Bréfritari: Aðalbjartur Bjarnason (Albert Arnason)
Dagsetning: A-1905-01-24
Skrifað á: Vesturheimi

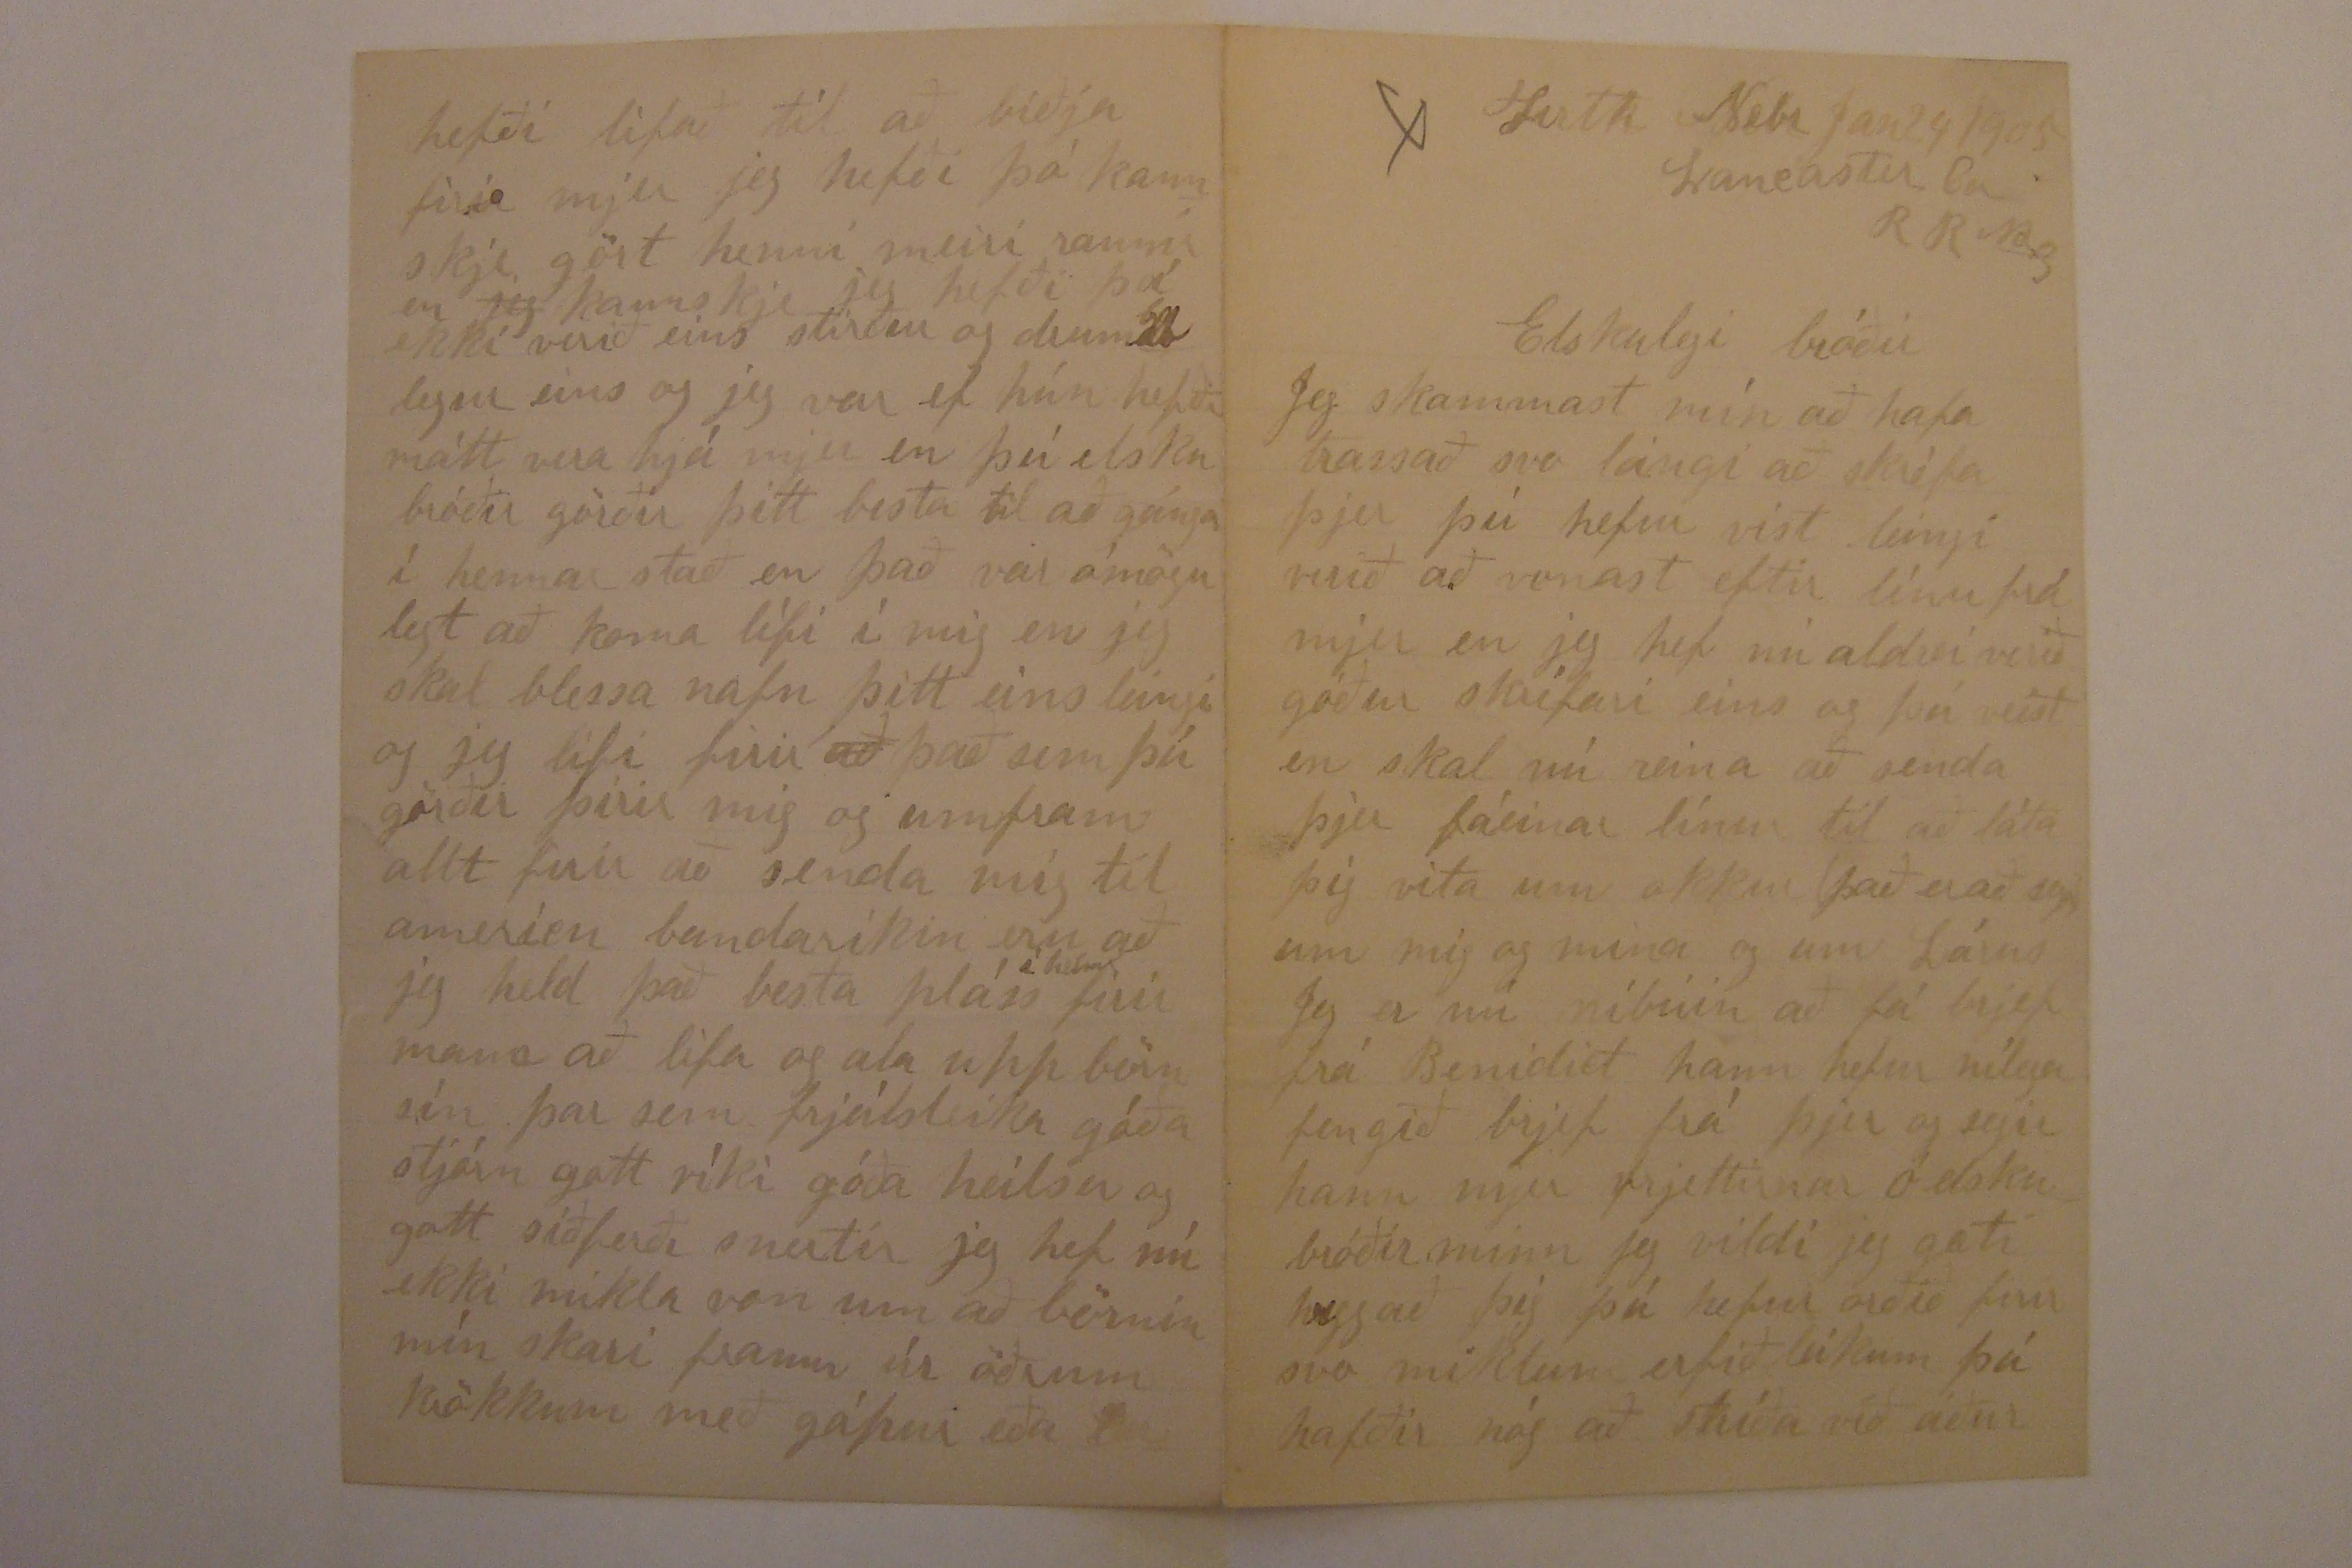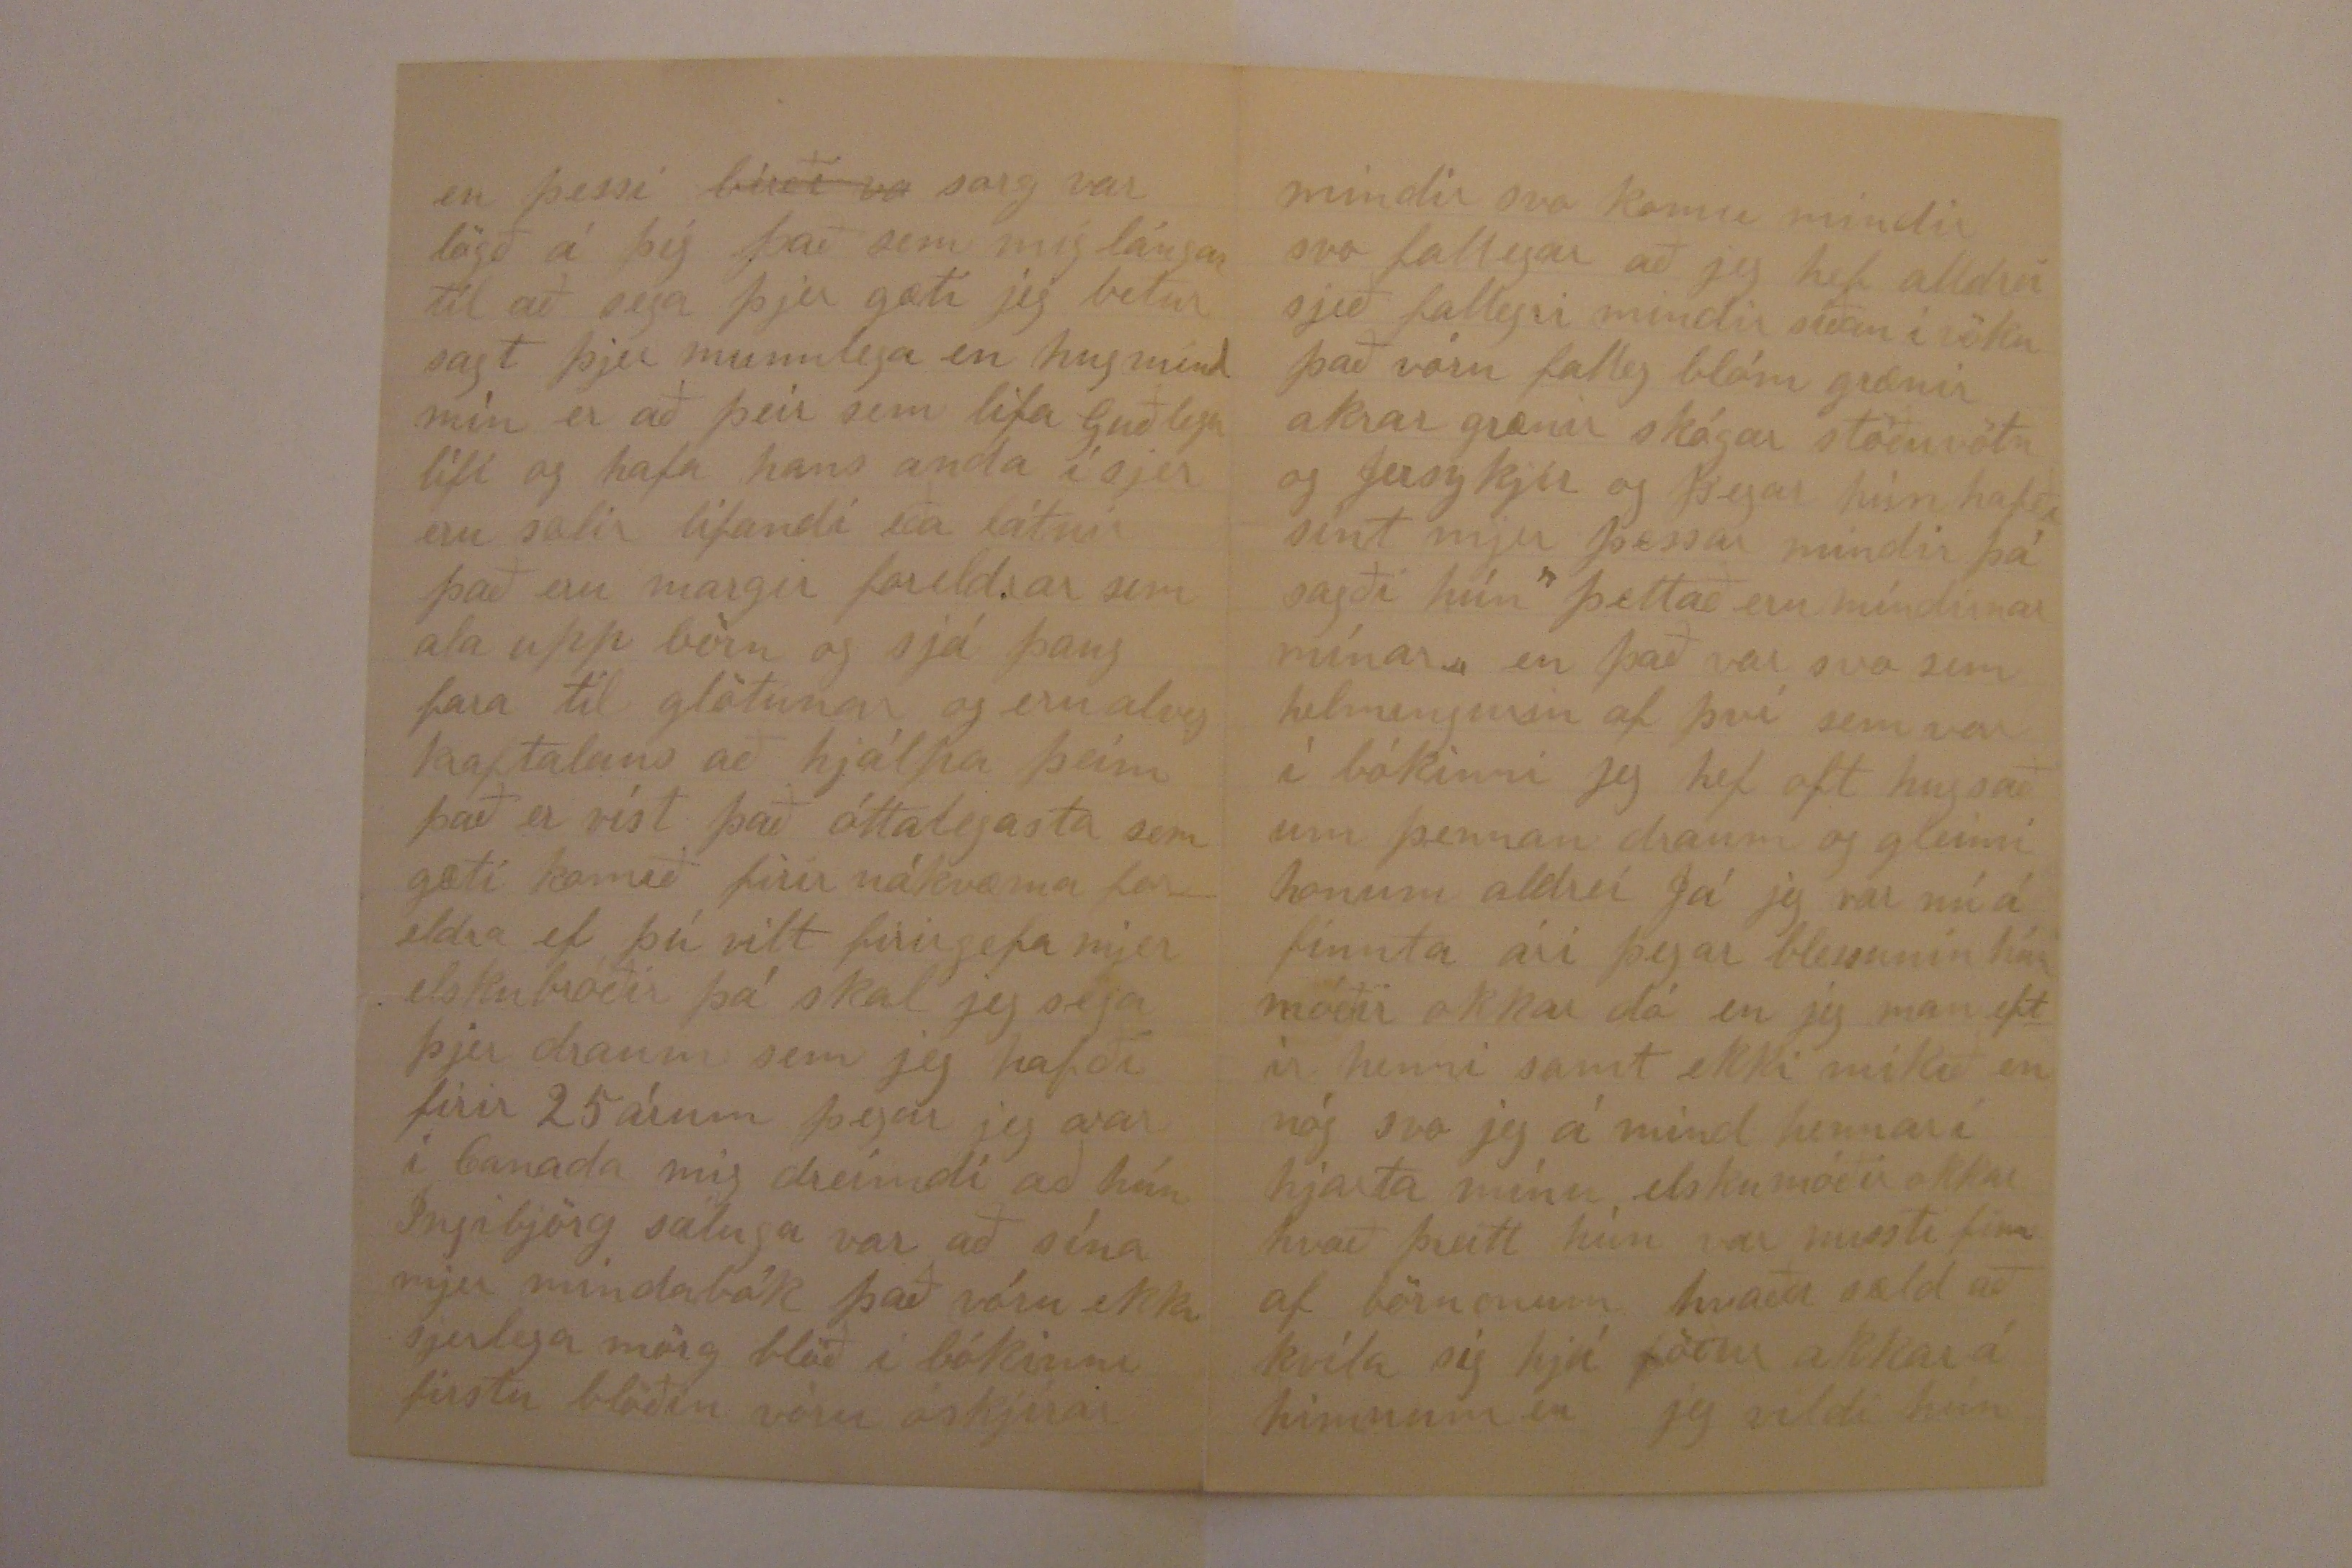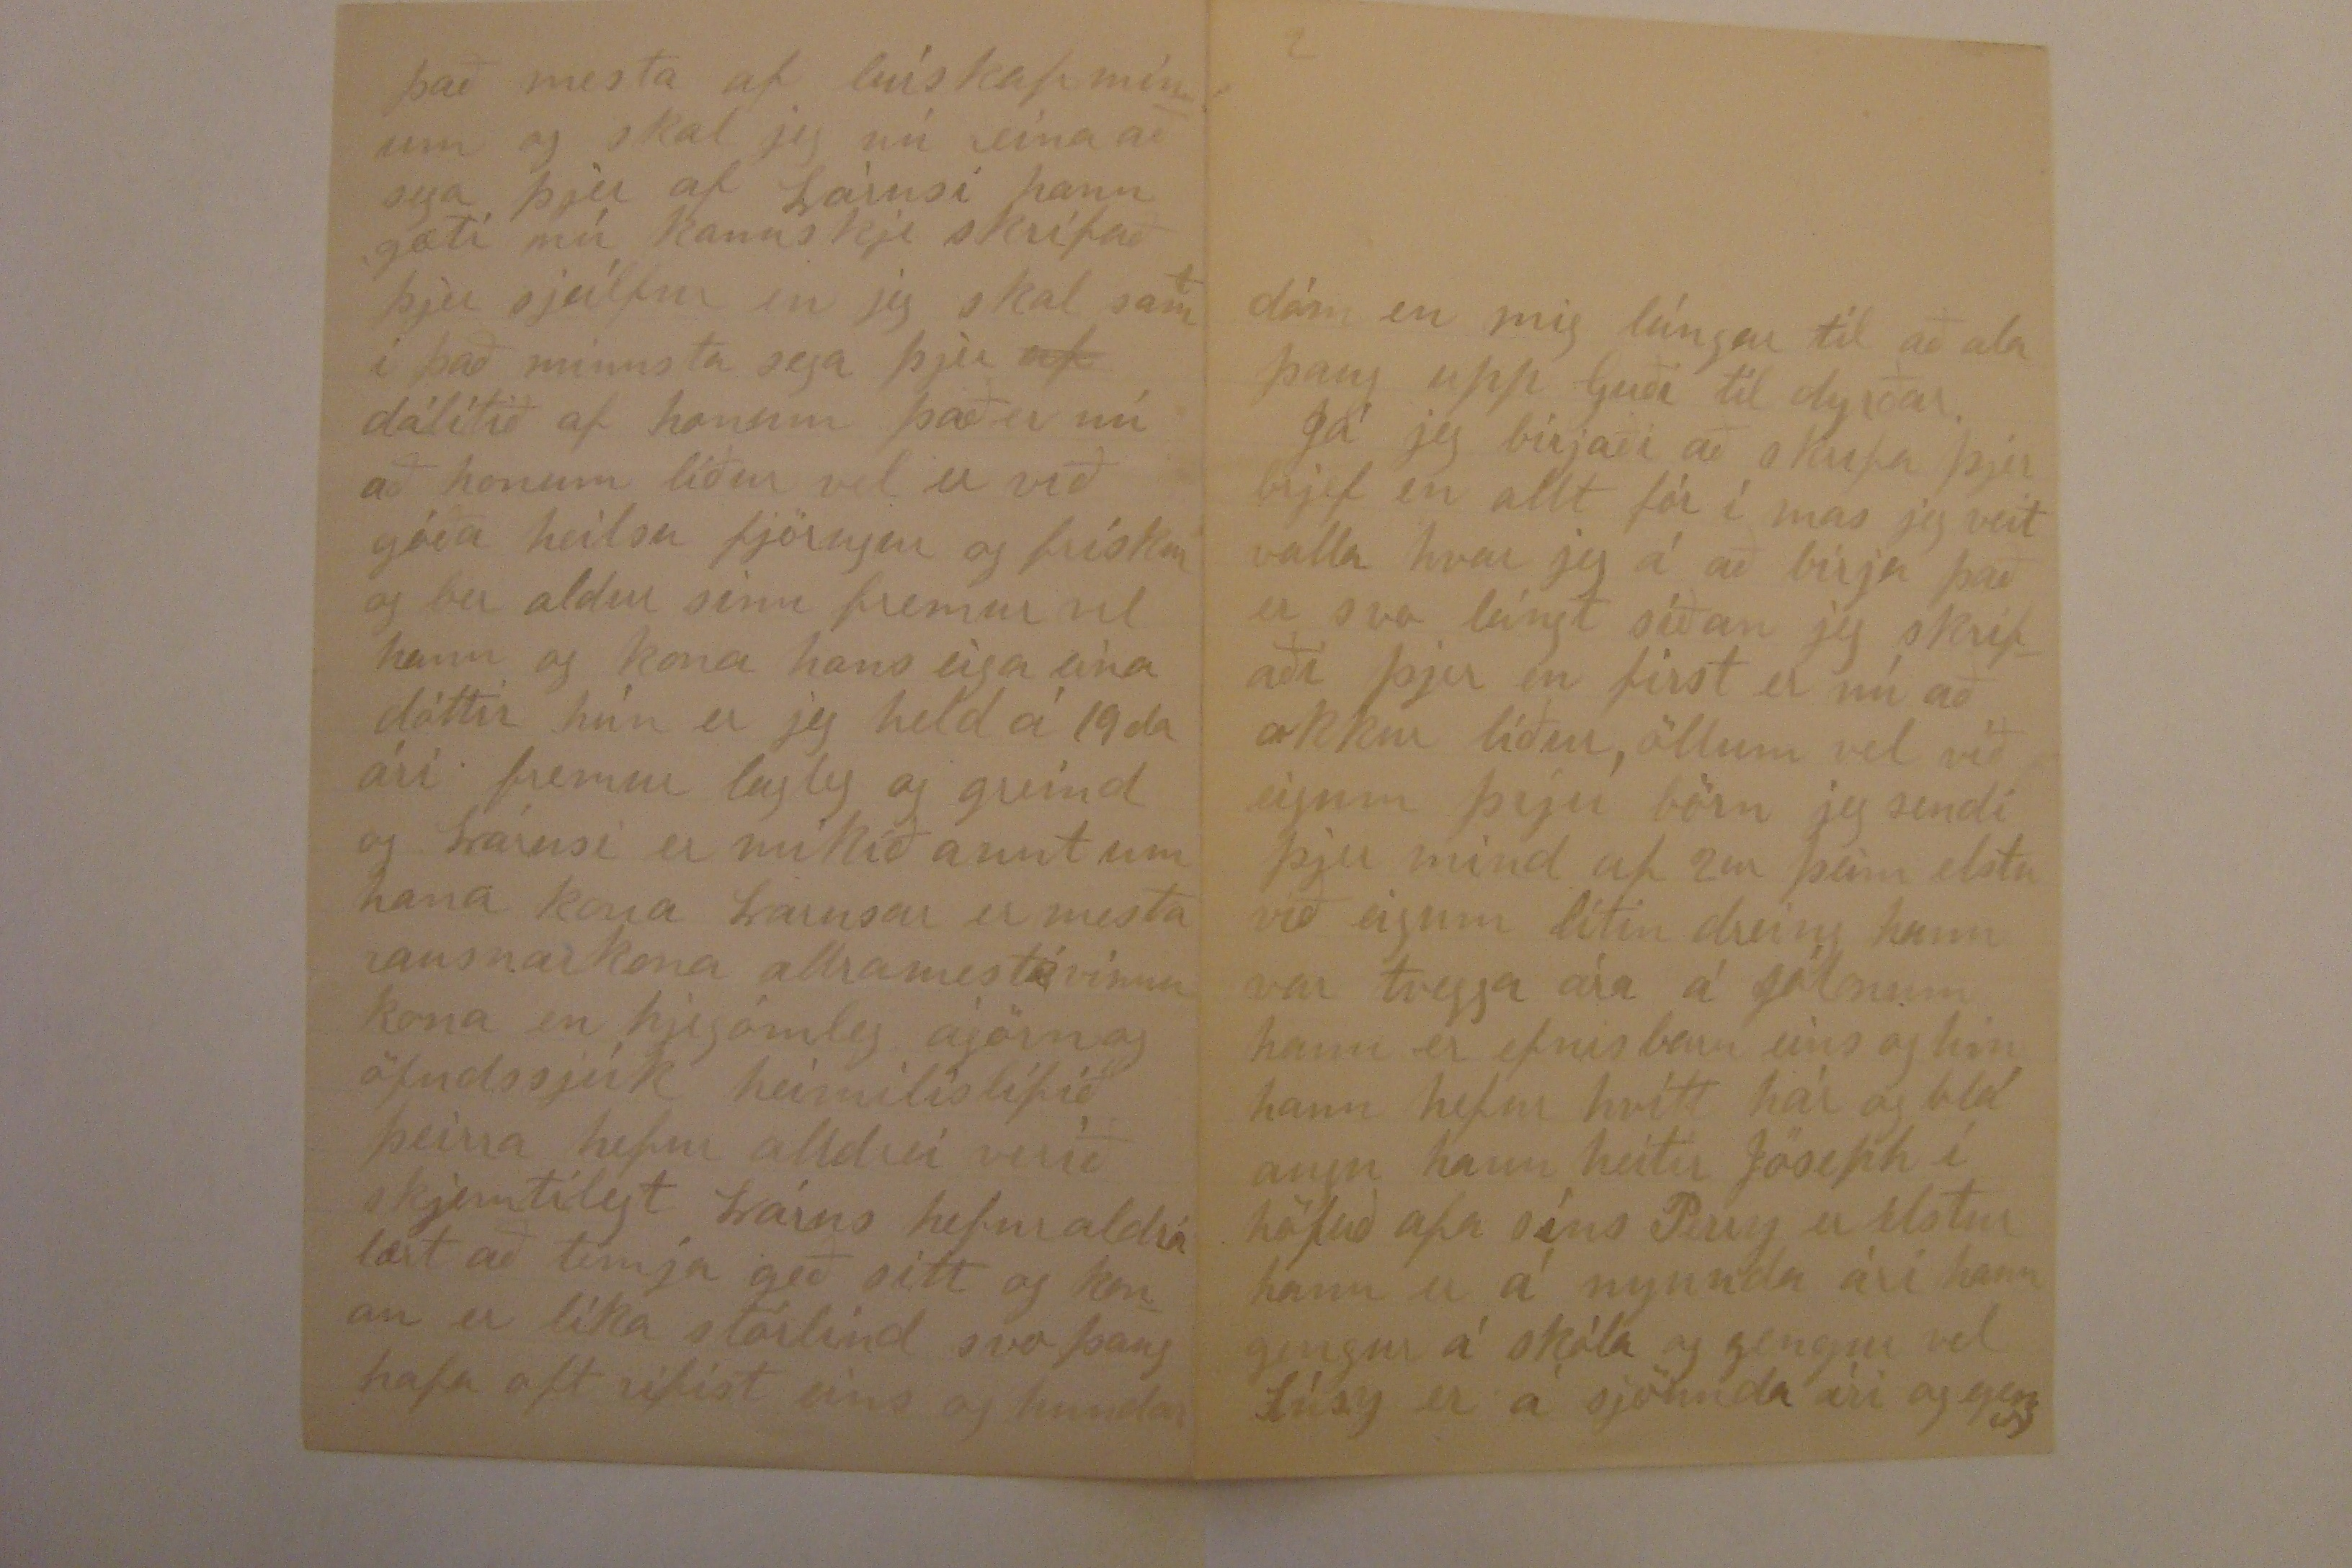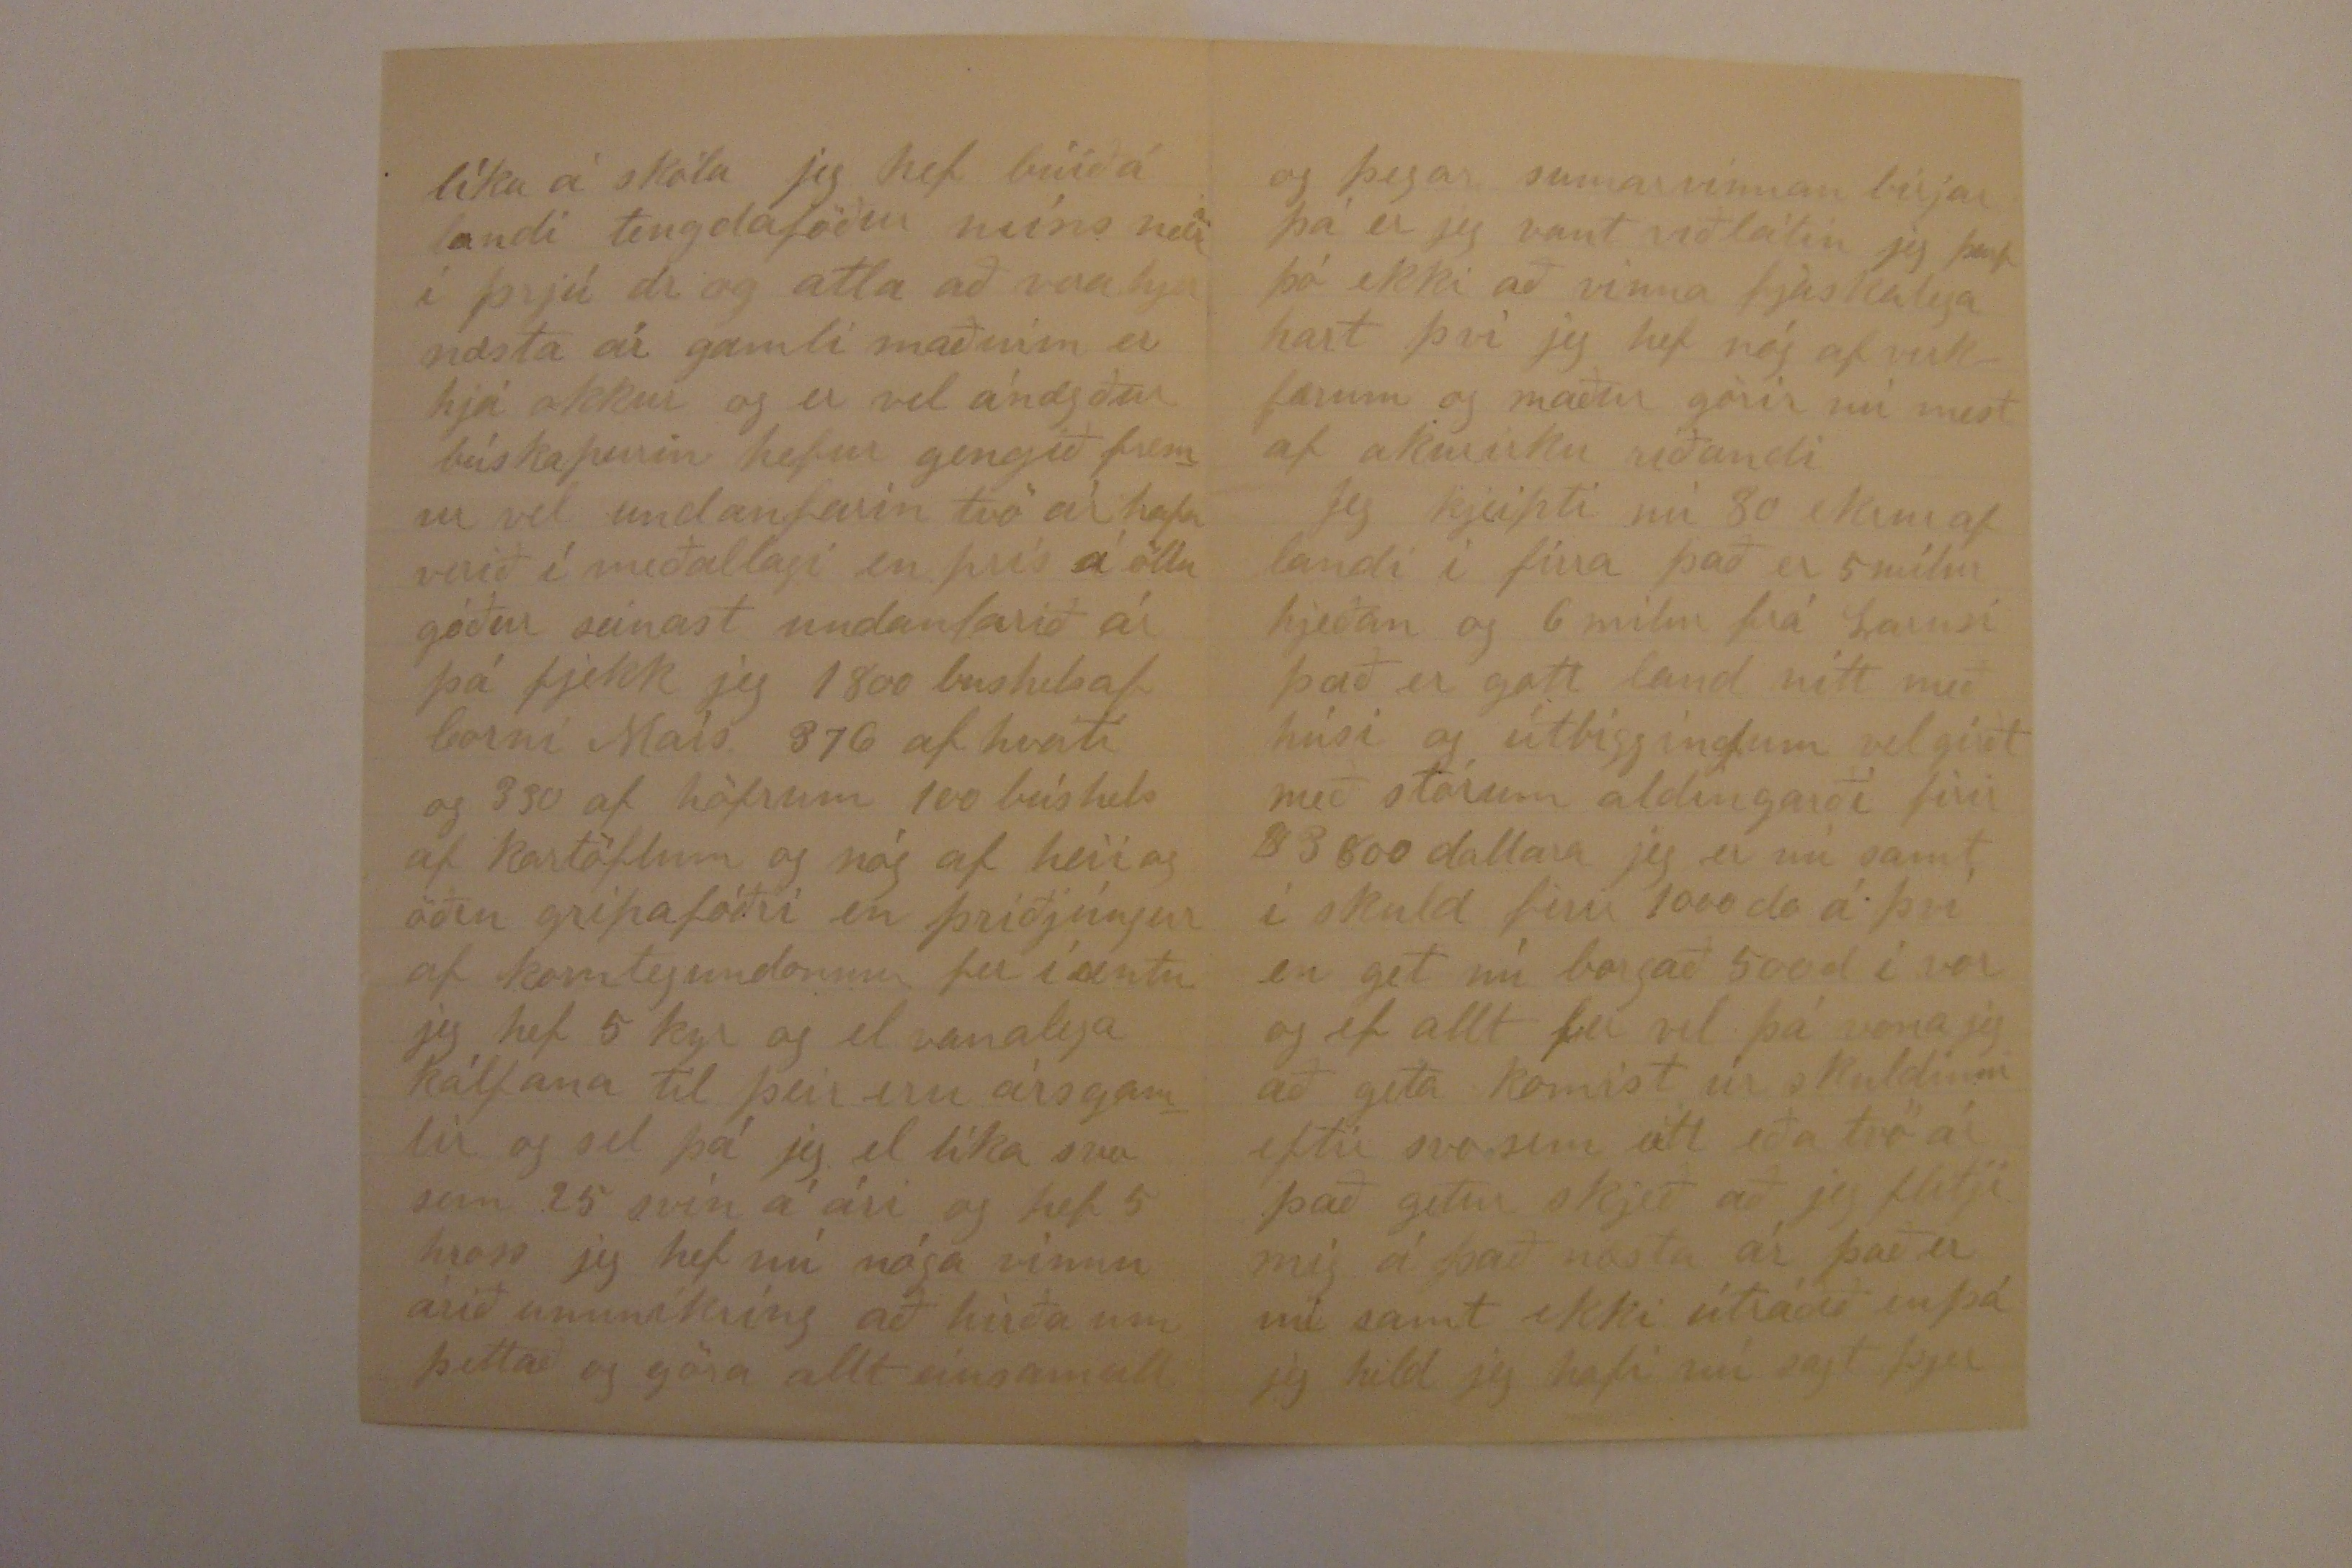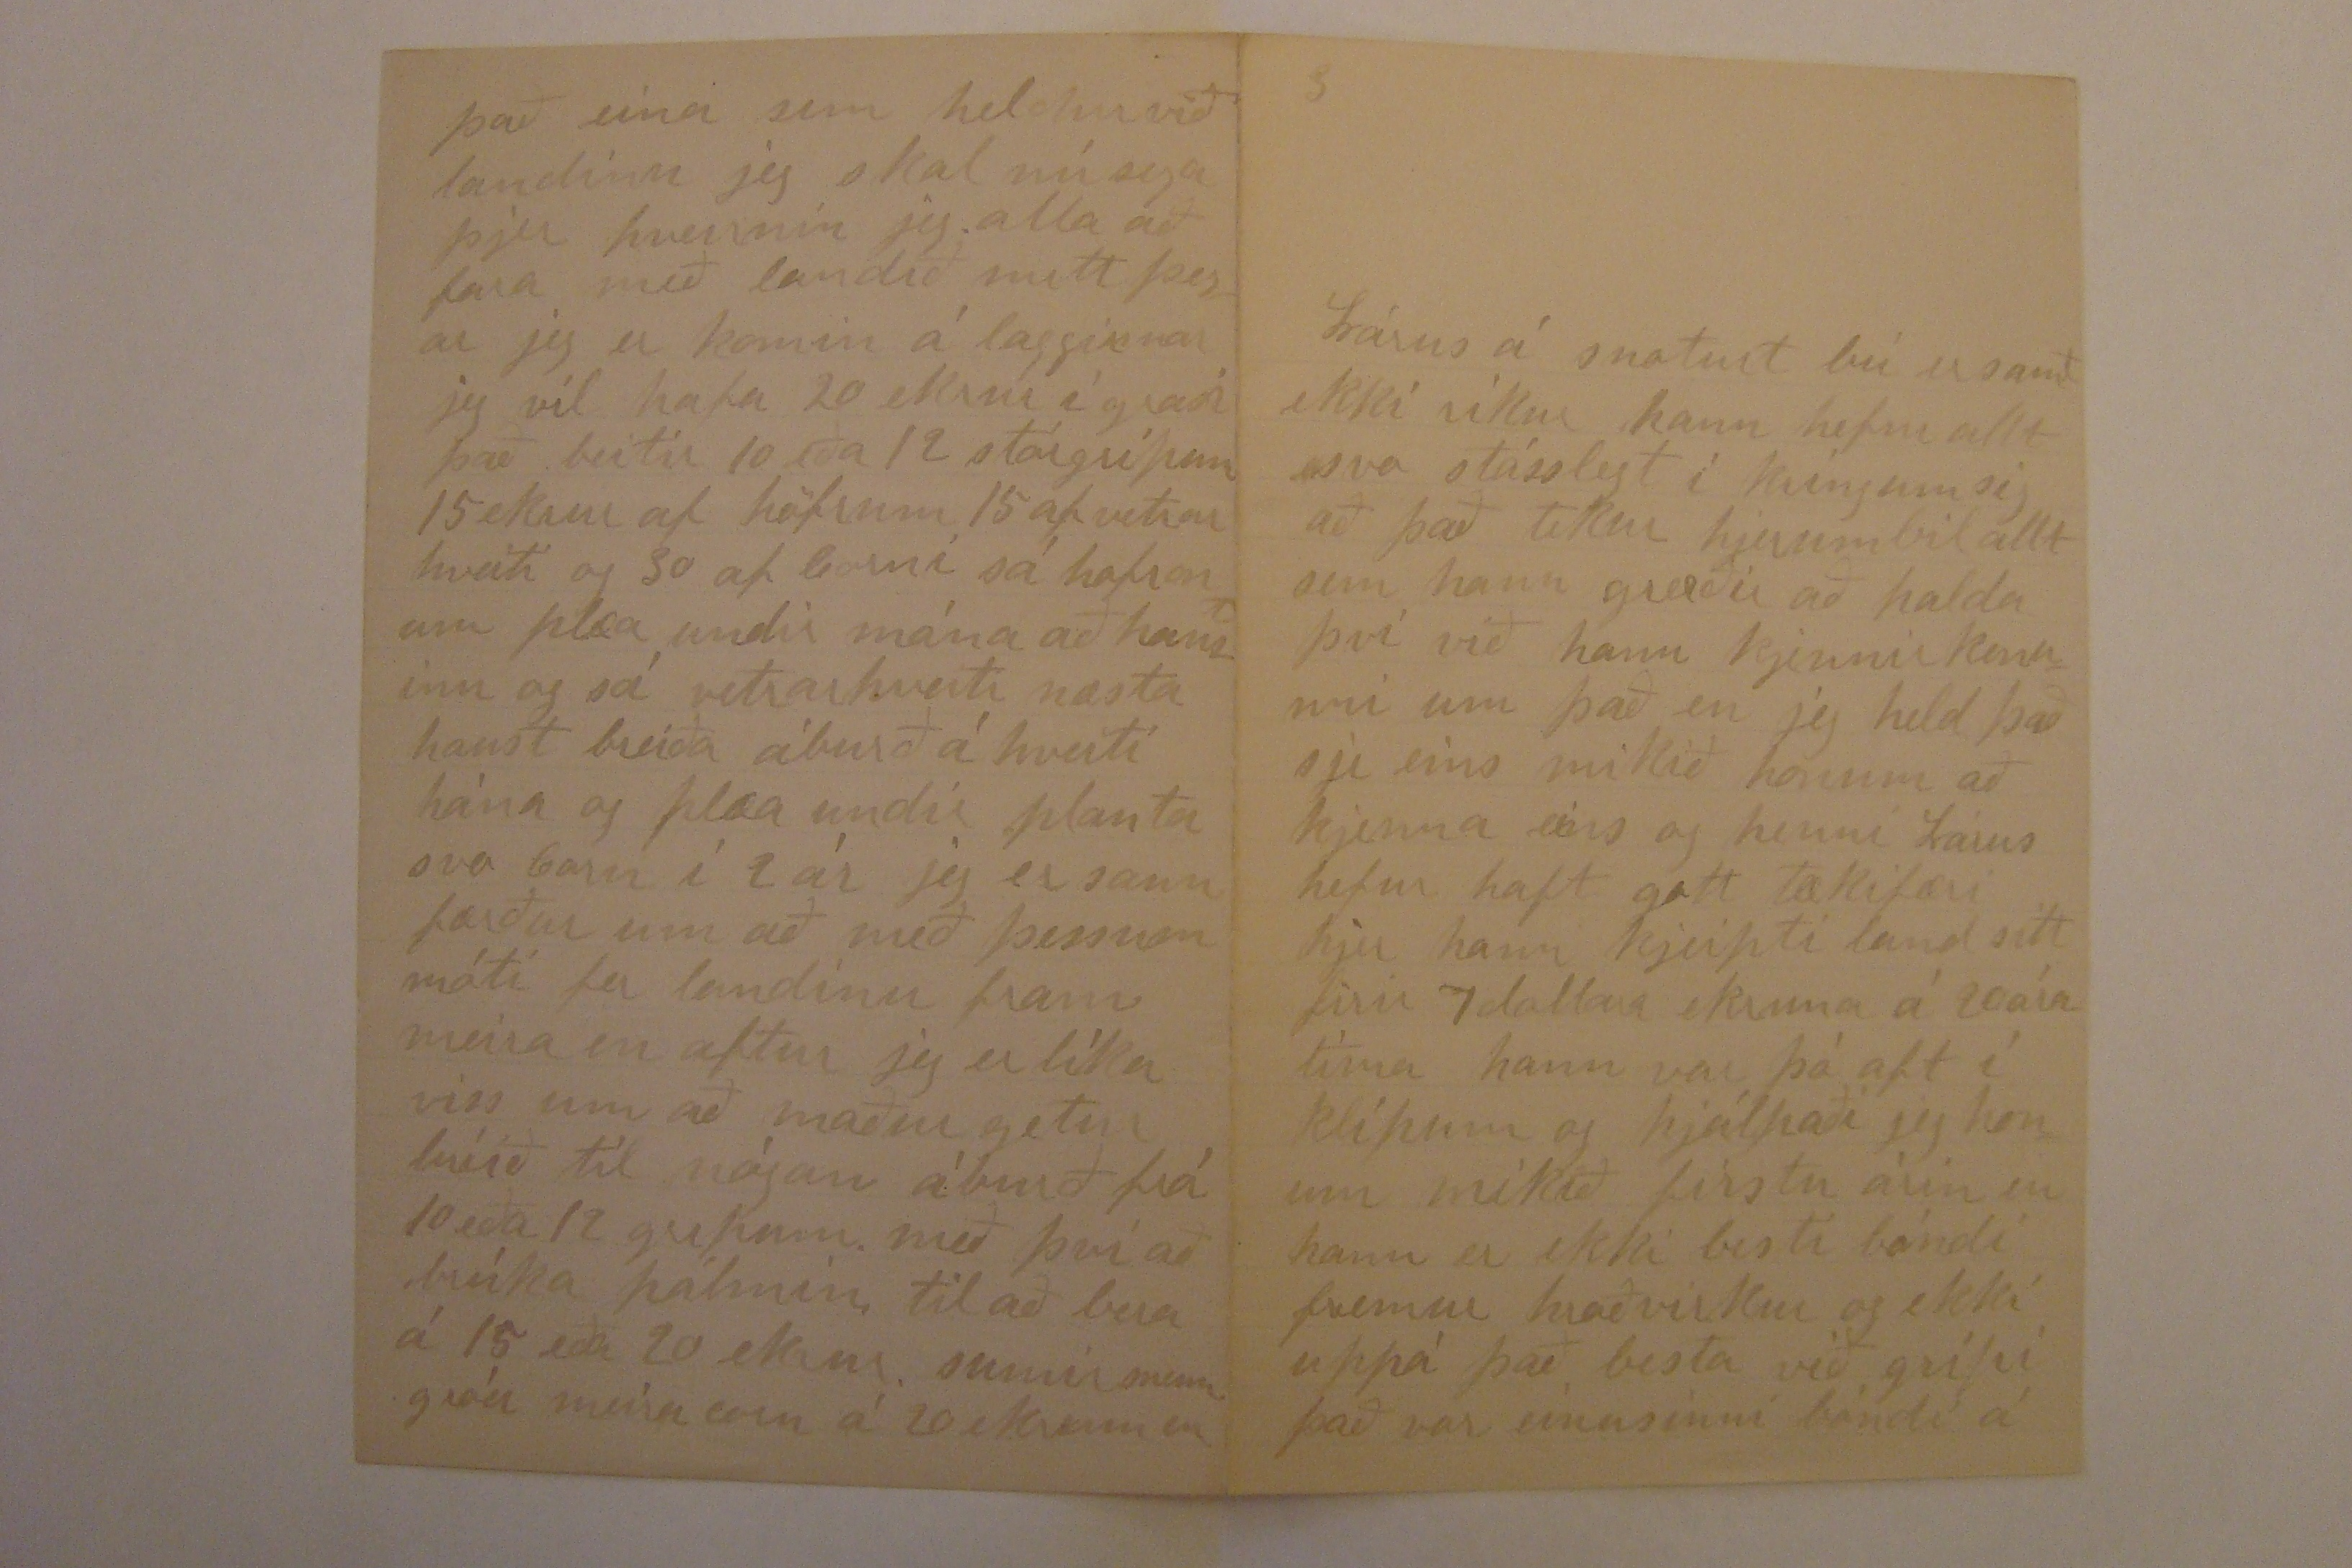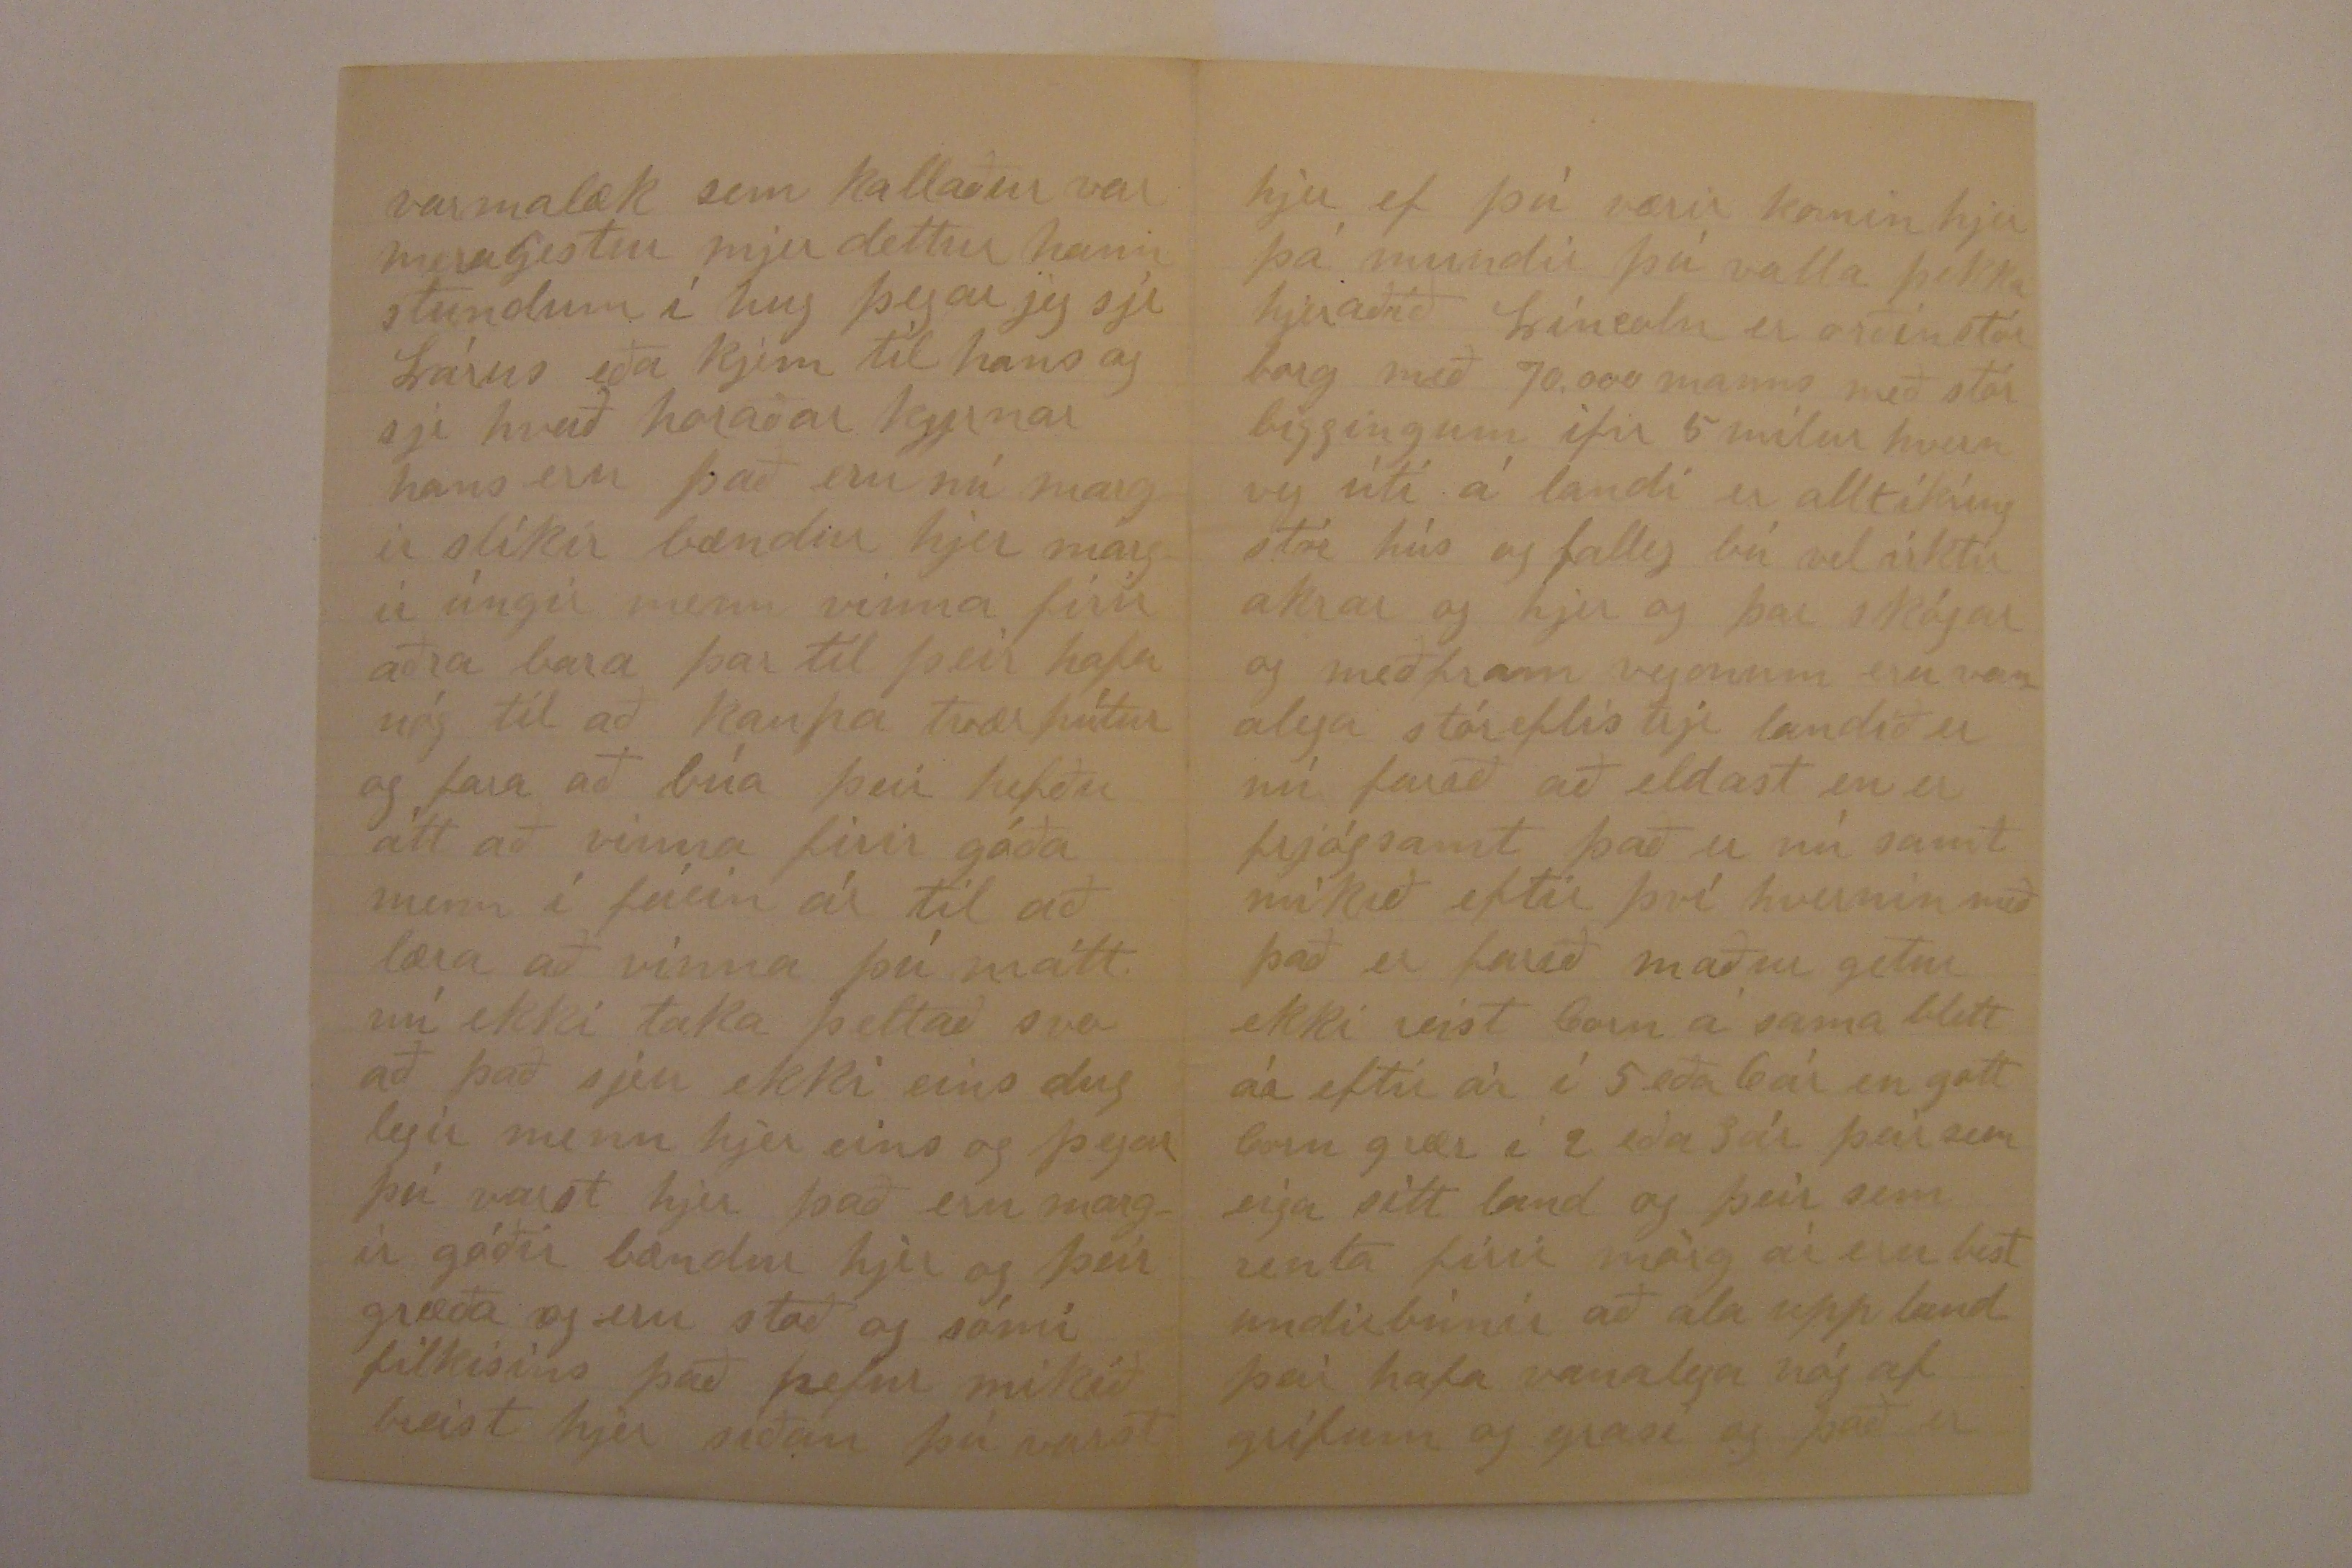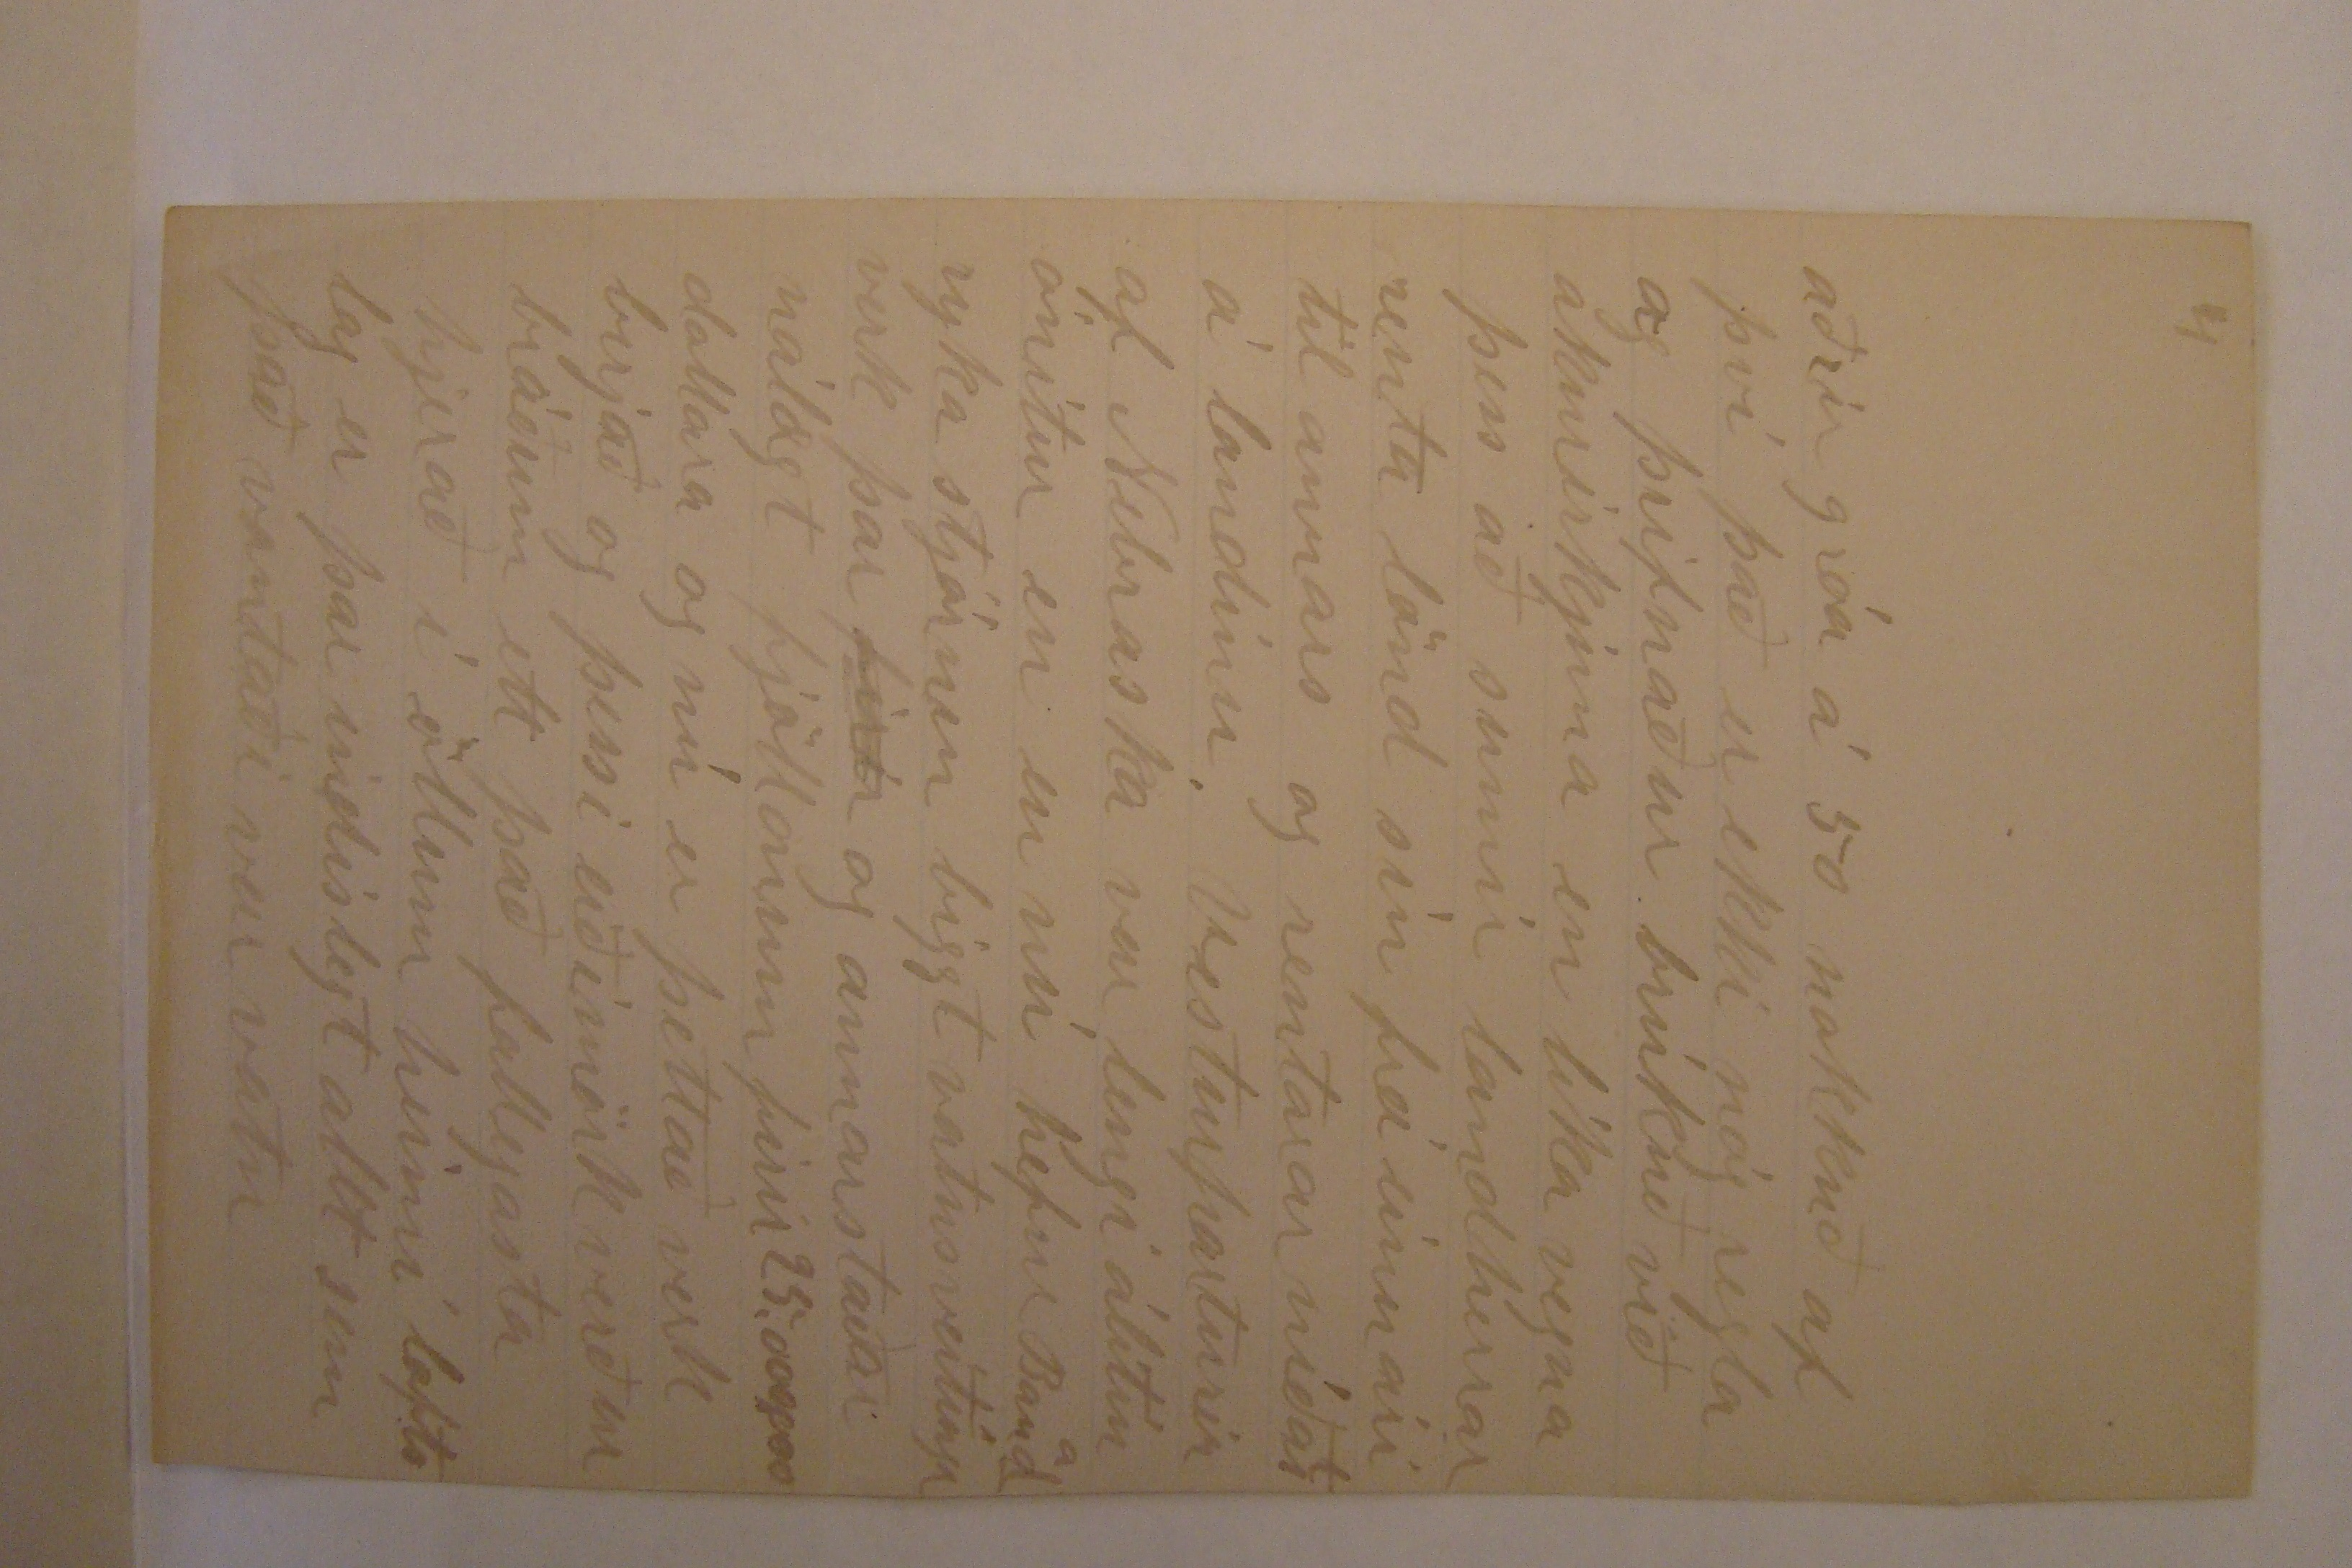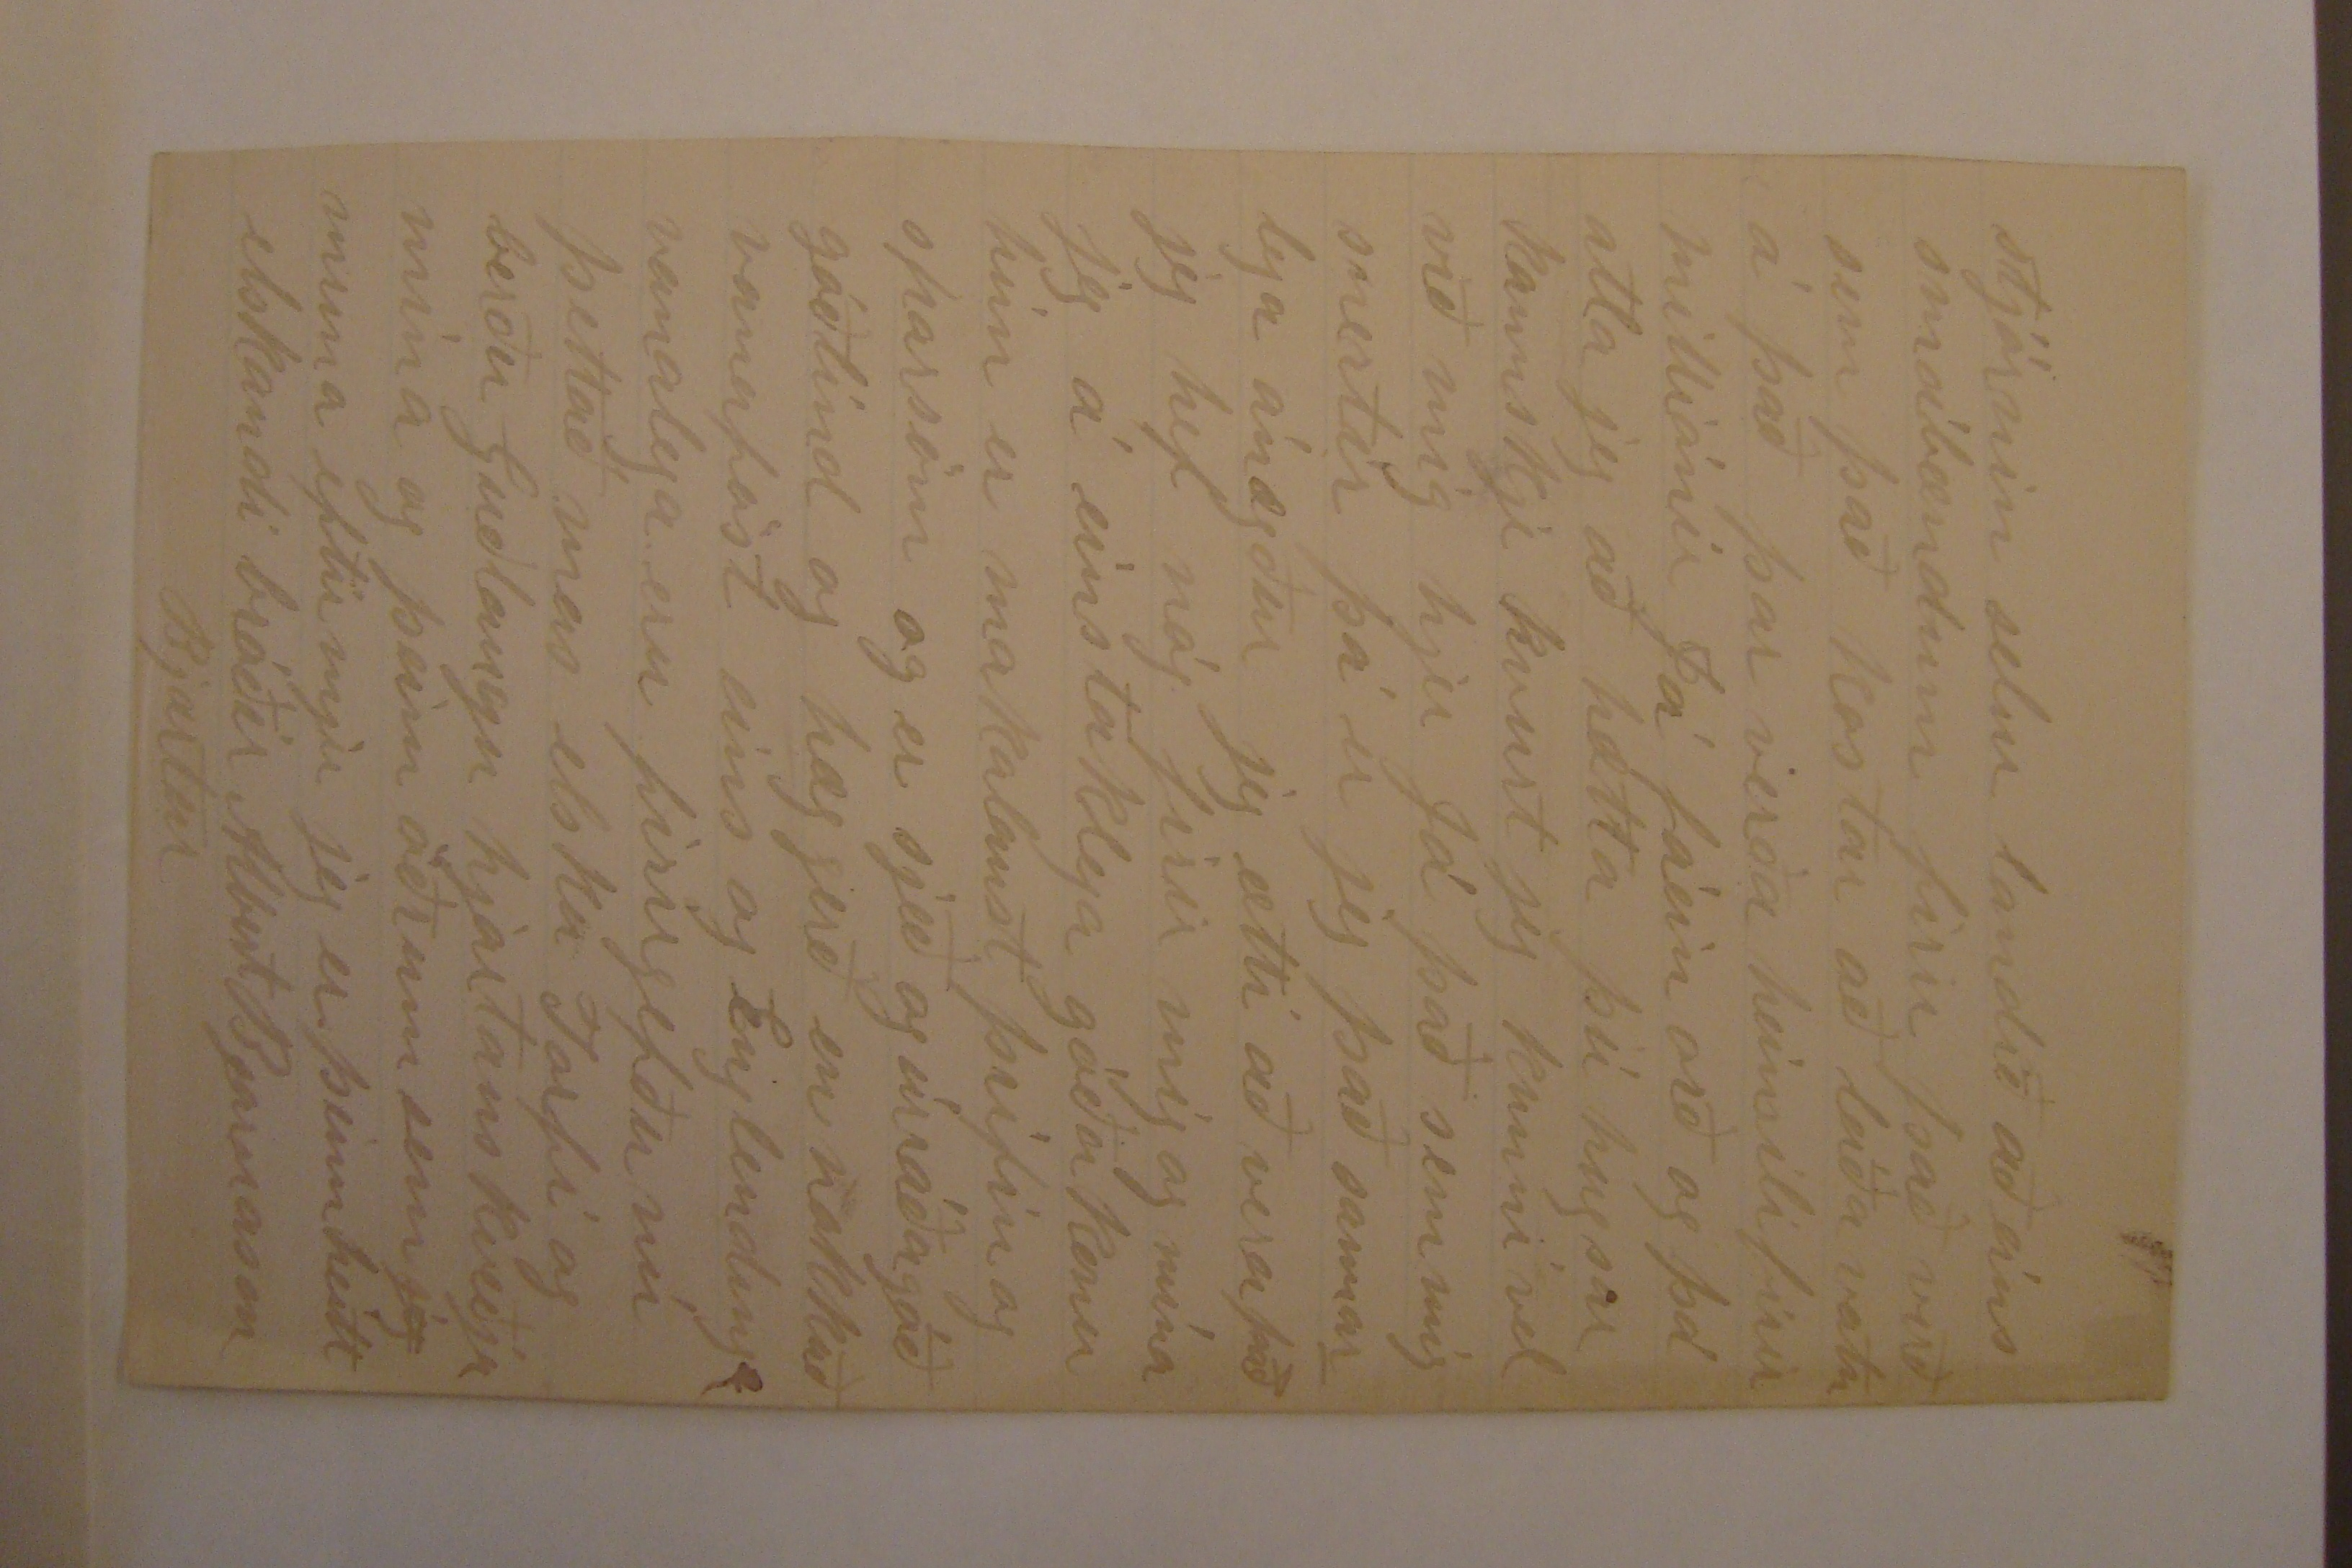

Firth Nebr Jan 24 1905 Lancaster Co RR 00
Elskulegi bróðir
Jeg skammast mín að hafa trassað svo lángt að skrifa þjer þú hefur víst leingi verið að vonast eftir línu frá mjer en jeg hef nú aldrei verið góður skrifari eins og þú veist en skal nú reina að senda þjer fáeinar línur til að láta þig vita um okkur það er að segja um mig og mina og Lárus Jeg er nú níbúin að fá brjef frá Benidict hann hefur nílega fengið brjef frá þjer og segir hann mjer frjettirnar ó elsku bróðir minn jeg vildi jeg gæti huggað þig þú hefur orðið firir svo miklum erfiðleikum þú hafðir nóg að stríða við áður
en þessi
birði va
sorg var lögð á þig það sem mig lángar til að sega þjer gæti jeg betur sagt þjer munnlega en hugmind mín er að þeir sem lifa Guðlegu lífi og hafa hans anda í sjer eru sælir lifandi eða látnir það eru margir foreldrar sem ala upp börn og sjá þaug fara til glötunar og eru alveg kraptalaus að hjálpa þeim það er víst það óttalegasta sem gæti komið firir nákvæma foreldra ef þú vilt firirgefa mjer elsku bróðir þá skal jeg sega þjer draum sem jeg hafði firir 25 árum þegar jeg var í Canada mig dreimdi að hún Ingibjörg sáluga var að sína mjer mindabók það vóru ekki sjerlega mörg blöð í bókinni firstu blöðin vóru óskjírar
mindir svo komu mindir svo fallegar að jeg hef aldrei sjeð fallegri mindir síðan í vöku það vóru falleg blóm grænir akrar grænir skógar stöðuvötn og
fee
og kjír og þegar hún hafði sínt mjer þessar mindir þá sagði hún "þettað eru mindirnar mínar„ en það var svo sem helmingurinn af því sem var í bókinni jeg hef oft hugsað um þennan draum og gleimi honum aldrei Já jeg var nú á fimta ári þegar blessunin hún móðir okkar dó en jeg man eftir henni samt ekki mikið en nóg svo jeg á mind hennar í hjarta mínu elsku móðir okkar hvað þreitt hún var missti fimm af börnonum hvaða sæld að kvíla sig hjá föður okkar á himnum en jeg vildi hún
hefði lifað til að biðja firir mjer jeg hefði þá kannskje gört henni meiri raunir en
jeg
kannskje jeg hefði þá ekki verið eins stirður og drumblegur eins og jeg var ef hún hefði mátt vera hjá mjer en þú elsku bróðir görðir þitt besta til að gánga í hennar stað en það var ómögulegt að koma lífi í mig en jeg skal blessa nafn þitt eins leingi og jeg lifi firir
að
það sem þú görðir firir mig og umfram allt firir að senda mig til amerícu bandaríkin eru að jeg held það besta pláss
í heimi
firir mann að lifa og ala upp börn sín þar sem frjálsleika góða stjórn gott ríki góða heilsu og gott siðferði snertir jeg hef nú ekki mikla von um að börnin mín skari framm úr öðrum krökkum með gáfur eða lær
dóm en mig lángar til að ala þaug upp Guði til dyrðar.
Já jeg birjaði að skrifa þjer brjef en allt fór í mas jeg veit valla hvar jeg á að birja það er svo lángt síðan jeg skrifaði þjer en first er nú að okkur líður öllum vel við eigum þrjú börn jeg sendi þjer mind af 2ur þeim elstu við eigum lítin dreing hann var tvegga ára á jólonum hann er efnisbarn eins og hin hann hefur hvítt hár og blá augu hann heitir Jóseph í höfuð afa síns Perry er elstur hann er á nyunda ári hann gengur á skóla og gengur vel Lúsy er á sjöunda ári og gengur
líka á skóla jeg hef búið á landi tengdaföður míns nærri í þrjú ár og atla að vera hjer næsta ár gamli maðurinn er hjá okkur og er vel ánægður búskapurin hefur gengið fremur vel undanfarin tvö ár hafa verið í meðallagi en prís á öllu góður seinast undanfarið ár þá fjekk jeg 1800 bushels af Corni Maís 376 af heiti og 330 af höfrum 100 búshels af kartöflum og nóg af heii og öðru gripafóðri en þriðjúngur af korntegundonum fer í rentu jeg hef 5 kyr og el vanalega kálfana til þeir eru ársgamlir og sel þá jeg el líka svo sem 25 svín á ári og hef 5 hross jeg hef nú nóga vinnu árið
umum
í kríng að hirða um þettað og göra allt einsamall
og þegar sumarvinnan birjar þá er jeg vant við látin jeg þarf þá ekki að vinna fjaskalega hart því jeg hef nóg af verkfærum og maður görir nú mest af akurirku ríðandi
Jeg keipti nú 80 ekrur af landi í firra það er 5 mílur hjeðan og 6 mílur frá Larusi það er gott land nítt með húsi og útbiggingum vel girt með stórum aldingarði firir $3800 dollara jeg er nú samt í skuld firir 1000 do á því en get nú borgað 500 d í vor og ef allt fer vel þá vona jeg að geta komist úr skuldinni eftir svo sem eitt eða tvö ár það getur skjeð að jeg flitji mig á það næsta ár það er nú samt ekki útráðið enþá jeg held jeg hafi nú sagt þjer
það mesta af búskap mínum og skal jeg nú reina að sega þjer af Lárusi hann gæti nú kannskje skrifað þjer sjálfur en jeg skal samt í það minnsta sega þjer
af
dálítið af honum það er nú að honum líður vel er við góða heilsu fjörugur og frískur og ber aldur sinn fremur vel hann og kona hans eiga eina dóttir hún er jeg held á 19da ári fremur lagleg og greind og Lárusi er mikið annt um hana kona Lárusar er mesta rausnarkona allramesta vinnu kona en hjegómleg ágörn og öfundsjúk heimilislífið þeirra hefur alldrei verið skjemtilegt Lárus hefur aldrei lært að temja geð sitt og konan er líka stórlind svo þaug hafa oft rifist eins og hundar
Lárus á snoturt bú er samt ekki ríkur hann hefur allt svo stásslegt í kríngum sig að það tekur hjerumbil allt sem hann græðir að halda því við hann kjennir konuni um það en jeg held það sje eins mikið honum að kjenna eins og henni Lárus hefur haft gott tækifæri hjer hann kjeipti land sitt firir 7 dollara ekruna á 20 ára tíma hann var þá oft í klípum og hjálpaði jeg honum mikið firstu árin en hann er ekki besti bóndi fremur hraðvirkur og ekki uppá það besta við gripi það var einusinni bóndi á
varmalæk sem kallaður var meraGestur mjer dettur hann stundum í hug þegar jeg sje Lárus eða kjem til hans og sje hvað horaðar kjirnar hans eru það eru nú margir slíkir bændur hjer margir úngir menn vinna firir aðra bara þar til þeir hafa nóg til að kaupa tvær pútur og fara að búa þeir hefðu átt að vinna firir góða menn í fáein ár til að læra að vinna þú mátt nú ekki taka þettað svo að það sjeu ekki eins duglegir menn hjer eins og þegar þú varst hjer það eru margir góðir bændur hjer og þeir græða og eru stoð og sómi filkisins það hefur mikið breist hjer síðan þú varst
hjer ef þú værir komin hjer þá mundir þú valla þekka hjeraðið Lincoln er orðin stór borg með 70.000 manns með stór biggingum ifir 5 mílur hvurn veg úti á landi er alltíkríng stór hús og falleg bú vel ríktir akrar og hjer og þar skógar og meðframm vegonum eru vanalega stóreflis trje landið er nú farið að eldast en er frjógsamt það er nú samt mikið eftir því hvernin með það er farið maður getur ekki reist Corn á sama blett ár eftir ár í 5 eða 6 ár en gott Corn grær í 2 eða 3 ár þeir sem eiga sitt land og þeir sem renta firir mörg ár eru best undirbúnir að ala upp land þeir hafa vanalega nóg af gripum og grasi og það er
það eina sem heldur við landi en jeg skal nú sega þjer hvernin jeg atla að fara með landið mitt þegar jeg er komin á laggirnar jeg vil hafa 20 ekrur í grasi það beitir 10 eða 12 strógripum 15 ekrur af höfrum 15 af vetrar hveiti og 30 af Corni sá hofronum plæa undir mána að haustinu og sá vetrarhveiti næsta haust breiða áburð á hveiti
hána
og plæa undir
planta
svo Corn í 2 ár jeg er sannfærður um að með þessum móti fer landinu fram meira en aftur jeg er líka viss um að maður getur búið til nógan áburð frá 10 eða 12 gripum með því að brúka hálmin til að bera á 15 eða 20 ekrur sumir 00000 gróa meira corn á 20 ekrum en
aðrir gróa á 50 nokkuð af því það er ekki nóg regla og þrifnaður brúkuð við akurirkjuna en líka vegna þess að sumir landherrar renta lönd sín frá einu ári til annars og rentarar níðast á landinu Vesturparturin af Nebraska var lengi álitin ónítur en en nú hefur Bandarijka stjórnin biggt vatnsveitingu verk þar
firir
og annarstaðar nálægt fjöllonum firir 25.000.000 dollara og nú er þettað verk birjað og þessi eiðimörk verður bráðum eitt það fallegasta hjerað í öllum heimi loftslag þar indislegt allt sem það vantaði
var vetur
stjórnin selur landið aðeins smábændum firir það verð sem það kostar að leiða vatn á það þar verða heimili firir milliónir Já fáein orð og þá atla jeg að hætta þú hugsar kannskje kvurt jeg kunni vel við mig hjer Já það sem mig snertir þá er jeg það sannarlega ánægður jeg ætti að vera það jeg hef nóg firir mig og mína jeg á einstaklega góða konu hún er makalaust þrifin og sparsöm og er sjeð og úrráðagóð góðlind og hæggerð en nokkuð vanaföst eins og Englendingar vanalega eru firirgefðu nú þettað mas elsku Torfi og berðu Guðlaugu hjartans kveðju mína og þeim öðrum sem
jeg
muna eftir mjer jeg er þinn heitt elskandi bróðir Albert Bjarnason
Bjartur